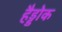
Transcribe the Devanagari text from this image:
हैड्डोक